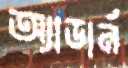
অ্যাডার্ন